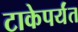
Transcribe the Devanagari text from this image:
टाकेपर्यंत